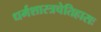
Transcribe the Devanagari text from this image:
धर्मशास्त्रचेतिहासः